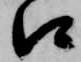
口